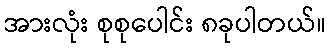
အားလုံး စုစုပေါင်း ၈ခုပါတယ်။